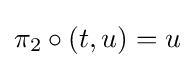
\pi _{2}\circ (t,u)=u